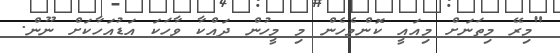
"މިރޭ މިތަނަށް މިއައީ ކޮންމެހެން މި މީހުން ދައްކާ ވާހަކަ އަޑުއަހާކަށް ނޫން.